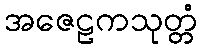
အဇေဠကသုတ္တံ